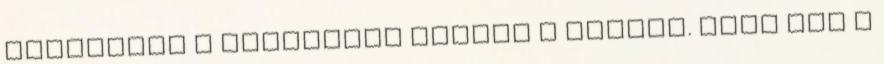
keresztül a felszínre törtek a lények. Menj hát a